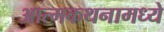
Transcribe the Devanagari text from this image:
आत्मकथनामध्ये